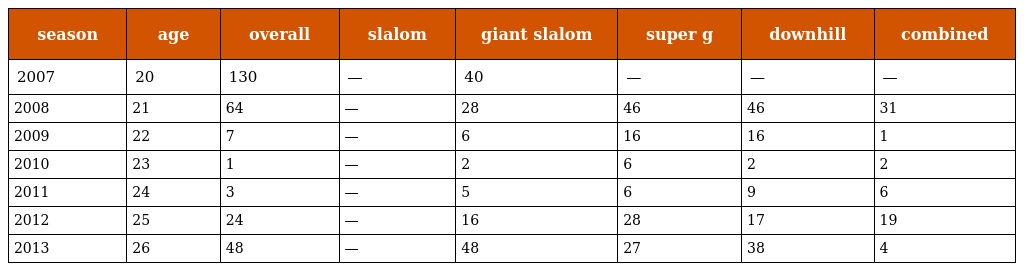
| season | age | overall | slalom | giant slalom | super g | downhill | combined |
 | --- | --- | --- | --- | --- | --- | --- | --- |
 | 2007 | 20 | 130 | — | 40 | — | — | — |
 | 2008 | 21 | 64 | — | 28 | 46 | 46 | 31 |
 | 2009 | 22 | 7 | — | 6 | 16 | 16 | 1 |
 | 2010 | 23 | 1 | — | 2 | 6 | 2 | 2 |
 | 2011 | 24 | 3 | — | 5 | 6 | 9 | 6 |
 | 2012 | 25 | 24 | — | 16 | 28 | 17 | 19 |
 | 2013 | 26 | 48 | — | 48 | 27 | 38 | 4 |